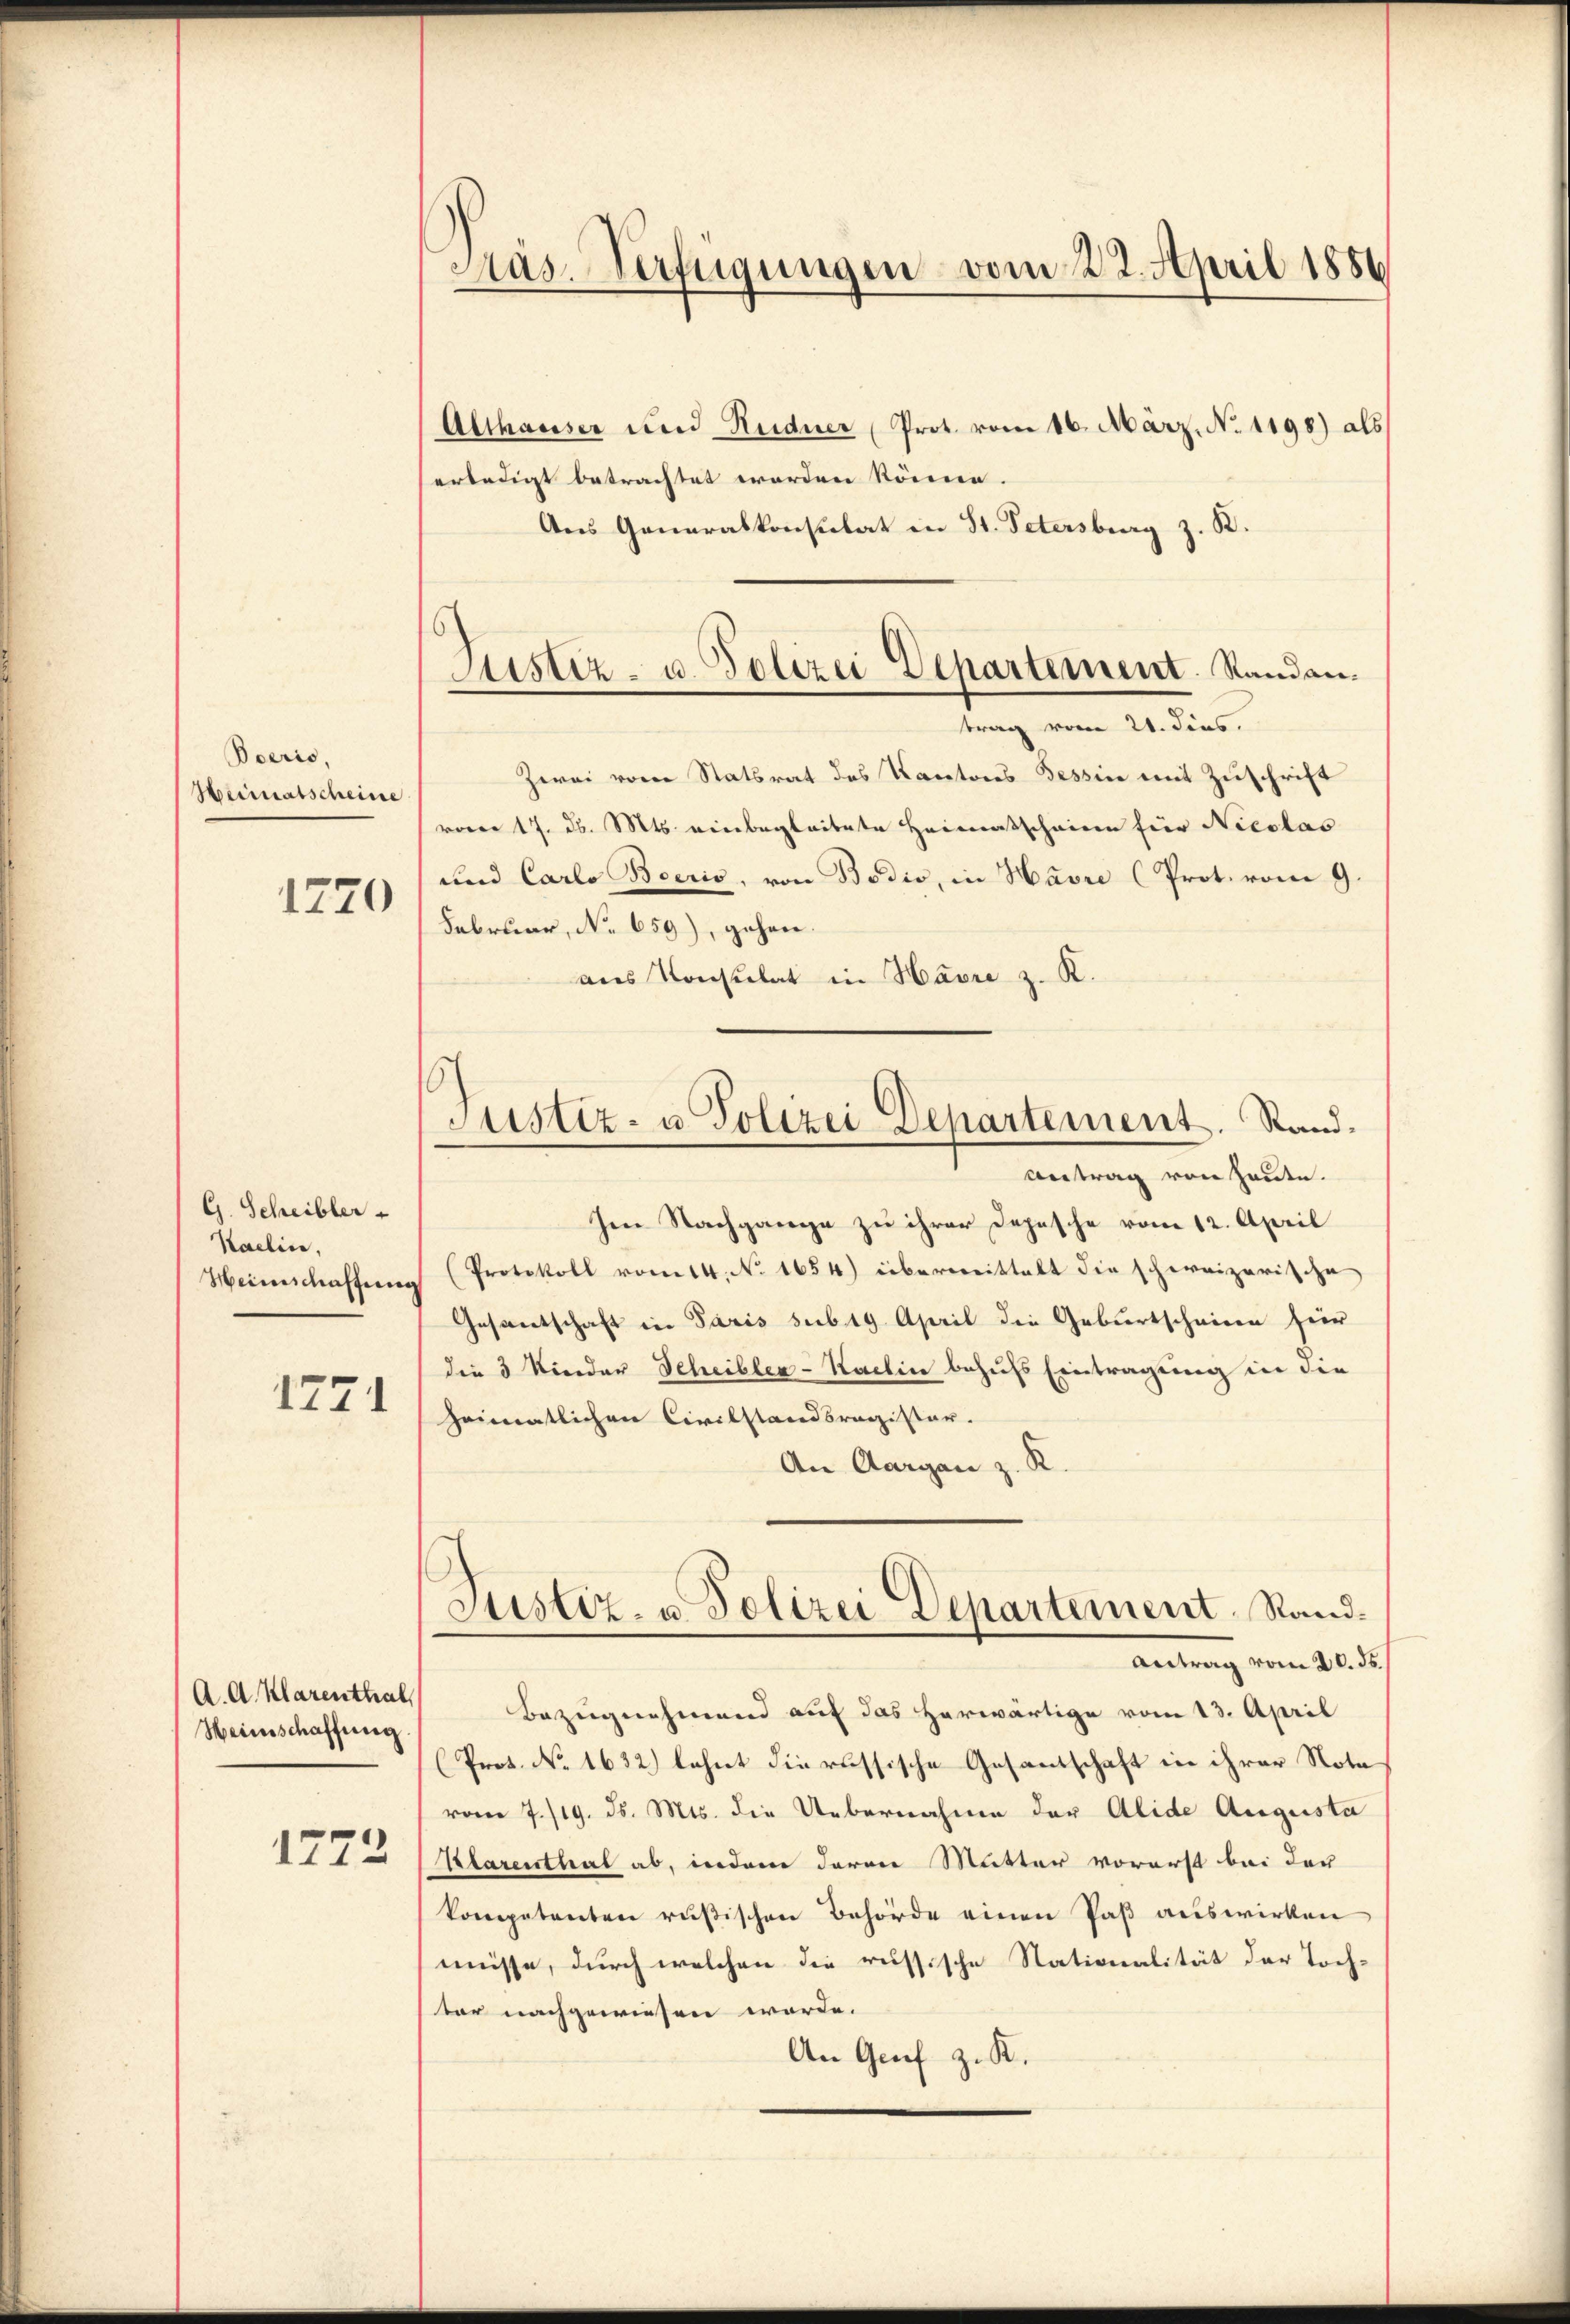
Boerio,
Heimatscheine

1270

G. Scheibler
Kaelin,
Heinschaffen

1771

A. A. Klarenthal
Weinschaffung

1222

Pas-Verfügungen vom 22. April 1886

Justiz- u. Polizei Departement. Standen.

Justiz- u. Polizei Departement. Stand.
Antrag von heute.

Althauser und Rudner Prot. vom 16. März. No 1198) als
erledigt betrachtet worden könne.
Aus Generalkonsulat in St. Petersburg z. B.
trag vom 21. dies
Zwei vom Statsrat des Kantons Tessin mit Zuschrift
voren 17. d. Mts. einbegleitete Heimatscheinen für Nicolas
und Carlo Boeris, von Bodio, in Havre (Prot. vom 9.
Februar, No. 659), gehen.
aus Konsulat in Havre z. K.
Im Nachgange zu ihrer Depesche vom 12. April
(Protokoll vom 14. No. 1654) übermittelt die schweizerische
Gesantschaft in Paris sub 19 April die Geburtscheine für
die 3 Nieder Scheibler-Kachin behufs Eintragung in die
heimatlichen Civilstandsragister.
An Aargau z. R.
Justiz- u. Polizei Departement Rand¬
Antrag vom 20. ds.
Bezugnehmend auf das herwärtige vom 13. April
(Prot. No. 1632) lehnt die russische Gesantschaft in ihrer Nota
vom 7./19. ds. Mts. die Uebernahme der Alide Augusta
(Klarenthal ab, indem daran Mutter vorerst bei der
kompetenten rußischen Behörde einen Paß auswirken
müsse, durch welchen die russische Stationalität der Toch-
tar nachgewiesen worde.
An Genf z. K.